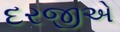
દરજીએ